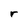
Character: r